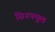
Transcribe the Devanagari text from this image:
सिनफ्यूल